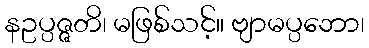
နဥပ္ပဇ္ဇတိ၊ မဖြစ်သင့်။ ဗျာမပ္ပဘော၊